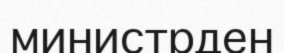
министрден